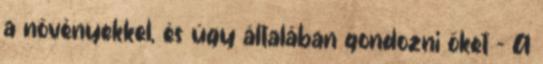
a növényekkel, és úgy általában gondozni őket - A